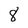
Character: 8